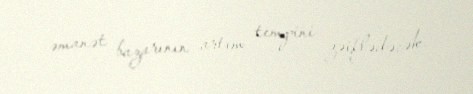
əmanət bazarının artım tempini zəiflədəcək.